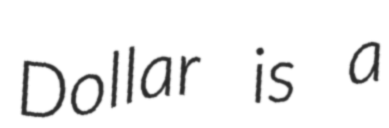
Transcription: Dollar is a